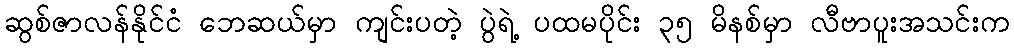
ဆွစ်ဇာလန်နိုင်ငံ ဘေဆယ်မှာ ကျင်းပတဲ့ ပွဲရဲ့ ပထမပိုင်း ၃၅ မိနစ်မှာ လီဗာပူးအသင်းက